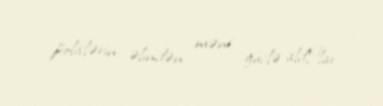
polislərin əlindən məni güclə aldIlar.